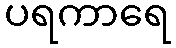
ပရကာရေ